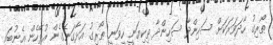
ޠޯރިގު ހާދަވަރަކަށް ސަހިންދާ ސަހިންދާ ތިކިޔަނީ ހީވަނީ ޠޯރިގު އަޅާގަނެގެން އުޅޭހެން އެނުބައި